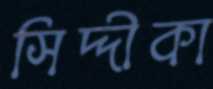
সিদ্দীকা